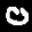
Label: 0